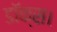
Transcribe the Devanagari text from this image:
डॉक्स।